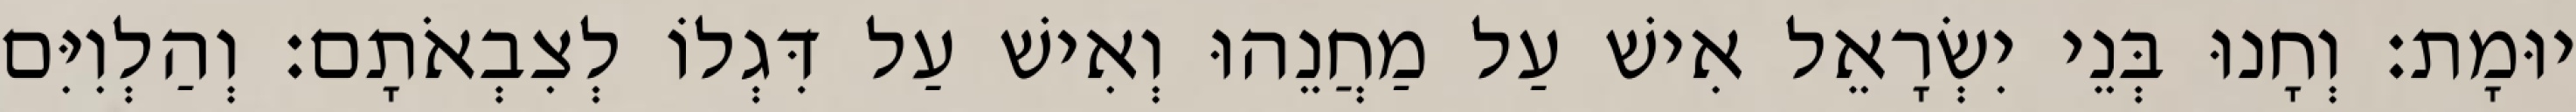
יוּמָת׃ וְחָנוּ בְּנֵי יִשְׂרָאֵל אִישׁ עַל מַחֲנֵהוּ וְאִישׁ עַל דִּגְלוֹ לְצִבְאֹתָם׃ וְהַלְוִיִּם